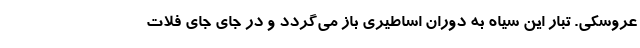
عروسکی. تبار این سیاه به دوران اساطیری باز می‌گردد و در جای جای فلات